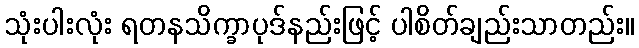
သုံးပါးလုံး ရတနသိက္ခာပုဒ်နည်းဖြင့် ပါစိတ်ချည်းသာတည်း။